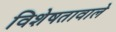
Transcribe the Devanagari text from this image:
विशेषतावाले